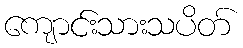
ကျောင်းသားသပိတ်